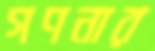
গণনার